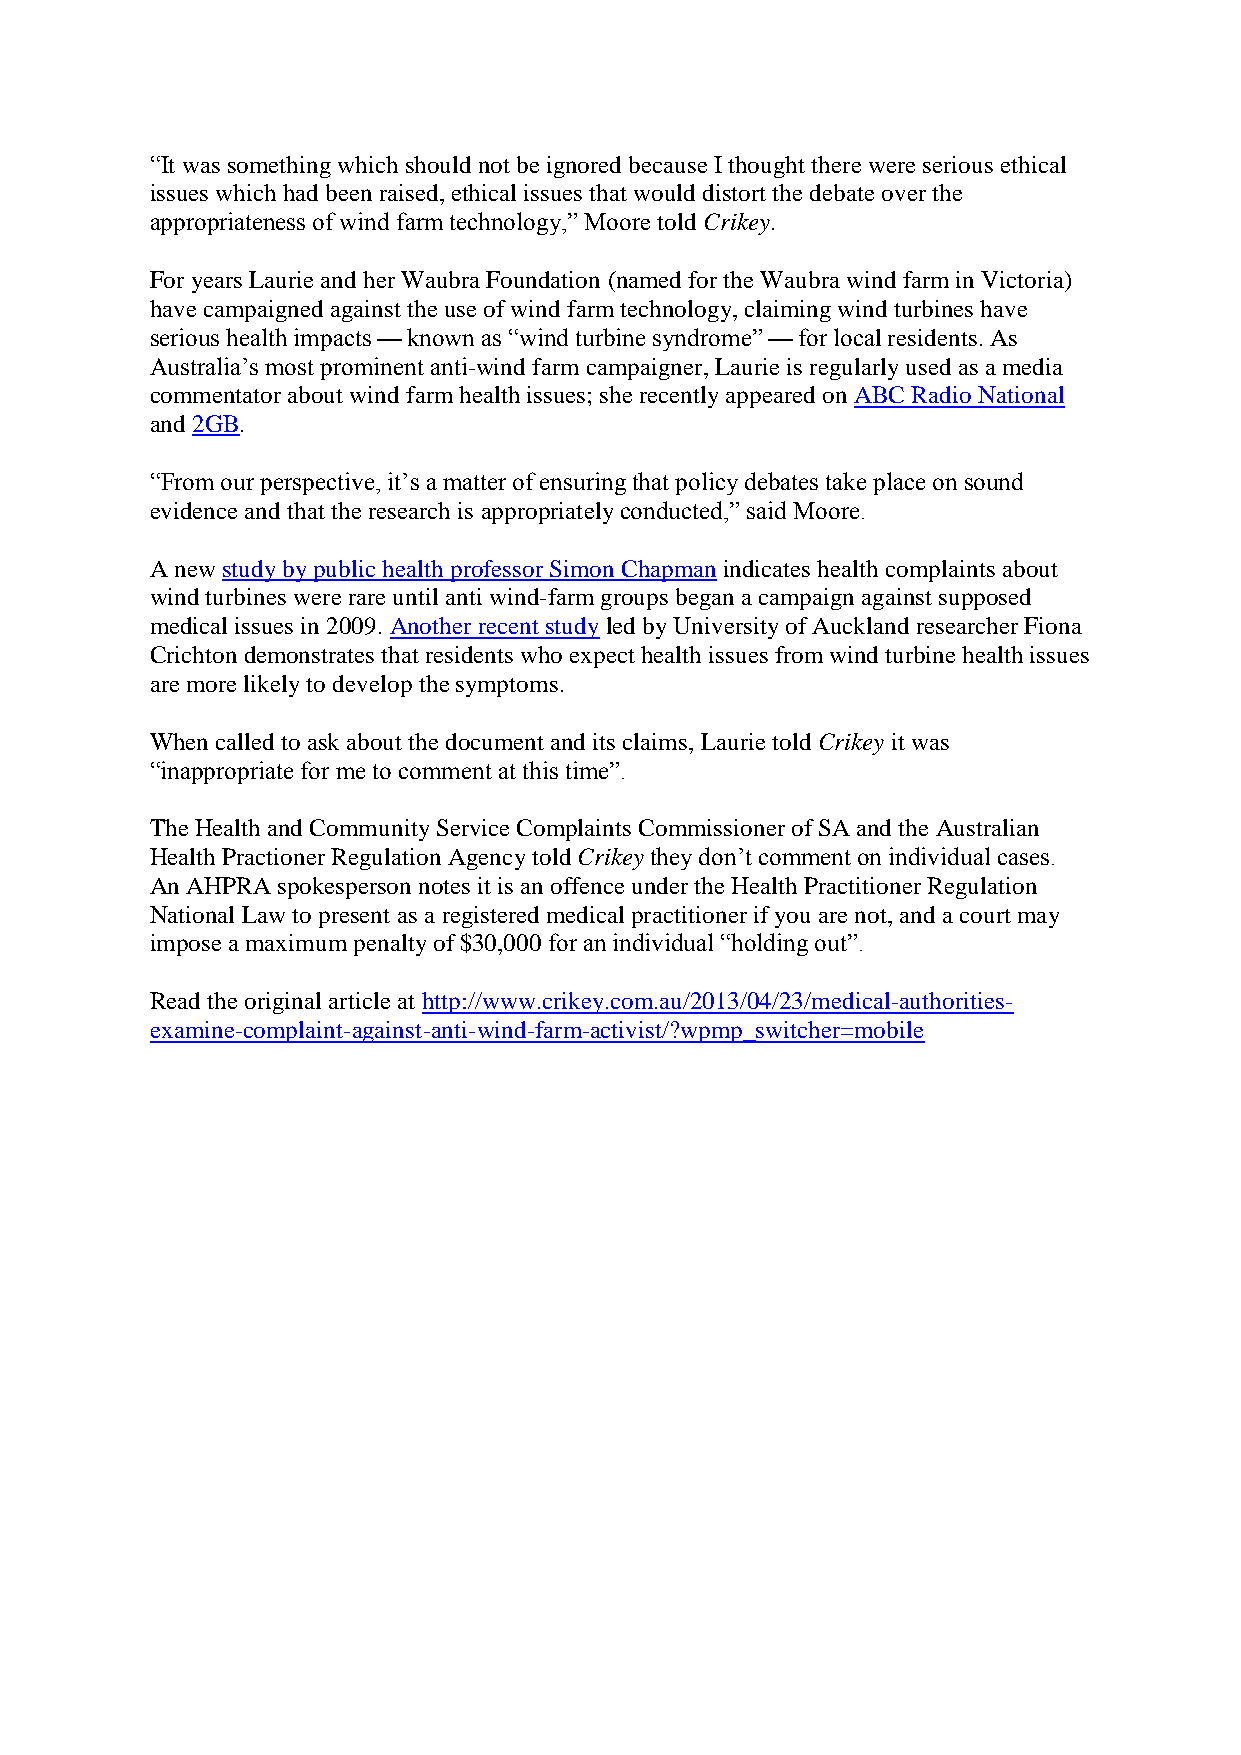
“It was something which should not be ignored because I thought there were serious ethical
 issues which had been raised, ethical issues that would distort the debate over the
 appropriateness of wind farm technology,” Moore told Crikey.
 For years Laurie and her Waubra Foundation (named for the Waubra wind farm in Victoria)
 have campaigned against the use of wind farm technology, claiming wind turbines have
 serious health impacts — known as “wind turbine syndrome” — for local residents. As
 Australia’s most prominent anti-wind farm campaigner, Laurie is regularly used as a media
 commentator about wind farm health issues; she recently appeared on ABC Radio National
 and 2GB.
 “From our perspective, it’s a matter of ensuring that policy debates take place on sound
 evidence and that the research is appropriately conducted,” said Moore.
 A new study by public health professor Simon Chapman indicates health complaints about
 wind turbines were rare until anti wind-farm groups began a campaign against supposed
 medical issues in 2009. Another recent study led by University of Auckland researcher Fiona
 Crichton demonstrates that residents who expect health issues from wind turbine health issues
 are more likely to develop the symptoms.
 When called to ask about the document and its claims, Laurie told Crikey it was
 “inappropriate for me to comment at this time”.
 The Health and Community Service Complaints Commissioner of SA and the Australian
 Health Practioner Regulation Agency told Crikey they don’t comment on individual cases.
 An AHPRA spokesperson notes it is an offence under the Health Practitioner Regulation
 National Law to present as a registered medical practitioner if you are not, and a court may
 impose a maximum penalty of $30,000 for an individual “holding out”.
 Read the original article at http://www.crikey.com.au/2013/04/23/medical-authorities-
 examine-complaint-against-anti-wind-farm-activist/?wpmp_switcher=mobile